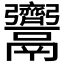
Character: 𩱳